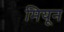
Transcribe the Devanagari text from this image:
मियून